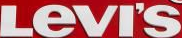
LEVI'S